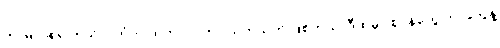
ကာမာဝစရ ကုသိုလ်ကံက ထုတ်လုပ်တာ သက်သက် ဖြစ်တယ်၊ ဒီထဲမှာ ဈာန်တွေ ဘာတွေနဲ့